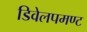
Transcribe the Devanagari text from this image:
डिवेलपमण्ट